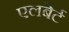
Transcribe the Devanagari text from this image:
एलबेर्ट